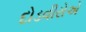
દોડવીરોએ